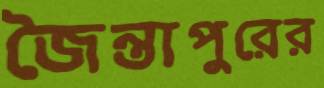
জৈন্তাপুরের